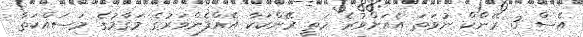
އެސް 3 ރޭންކް ނުވަތަ އެއަށްވުރެ މަތީ ރޭންކަކާ އެއްފެންވަރުގެ މަޤާމުގެ މަސައްކަތާ